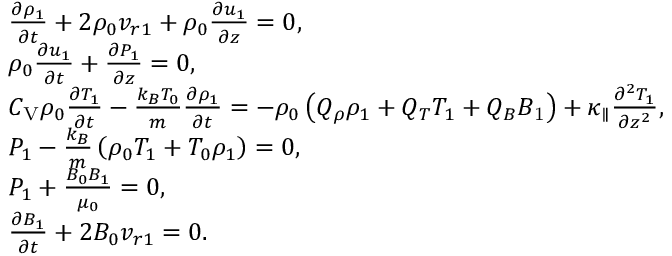
\begin{array} { r l } & { \frac { \partial \rho _ { 1 } } { \partial t } + 2 \rho _ { 0 } v _ { r 1 } + \rho _ { 0 } \frac { \partial u _ { 1 } } { \partial z } = 0 , } \\ & { \rho _ { 0 } \frac { \partial u _ { 1 } } { \partial t } + \frac { \partial P _ { 1 } } { \partial z } = 0 , } \\ & { C _ { \mathrm { V } } \rho _ { 0 } \frac { \partial T _ { 1 } } { \partial t } - \frac { k _ { B } T _ { 0 } } { m } \frac { \partial \rho _ { 1 } } { \partial t } = - \rho _ { 0 } \left( Q _ { \rho } \rho _ { 1 } + Q _ { T } T _ { 1 } + Q _ { B } B _ { \mathrm { 1 } } \right) + \kappa _ { \parallel } \frac { \partial ^ { 2 } T _ { 1 } } { \partial z ^ { 2 } } , } \\ & { P _ { 1 } - \frac { k _ { B } } { m } \left( \rho _ { 0 } T _ { 1 } + T _ { 0 } \rho _ { 1 } \right) = 0 , } \\ & { P _ { 1 } + \frac { B _ { 0 } B _ { 1 } } { \mu _ { 0 } } = 0 , } \\ & { \frac { \partial B _ { 1 } } { \partial t } + 2 B _ { 0 } v _ { r 1 } = 0 . } \end{array}